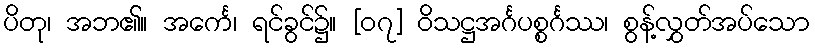
ပိတု၊ အဘ၏။ အင်္ကေ၊ ရင်ခွင်၌။ [၀၇] ဝိသဋ္ဌအင်္ဂပစ္စင်္ဂဿ၊ စွန့်လွှတ်အပ်သော